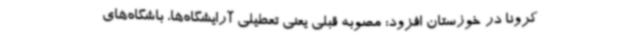
کرونا در خوزستان افزود: مصوبه قبلی یعنی تعطیلی آرایشگاه‌ها، باشگاه‌های